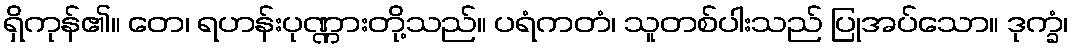
ရှိကုန်၏။ တေ၊ ရဟန်းပုဏ္ဏားတို့သည်။ ပရံကတံ၊ သူတစ်ပါးသည် ပြုအပ်သော။ ဒုက္ခံ၊